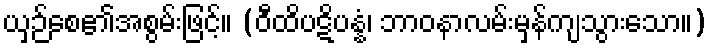
ယှဉ်စေ၏အစွမ်းဖြင့်။ (ဝီထိပဋိပန္နံ၊ ဘာဝနာလမ်းမှန်ကျသွားသော။)